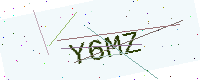
Text: Y6MZ